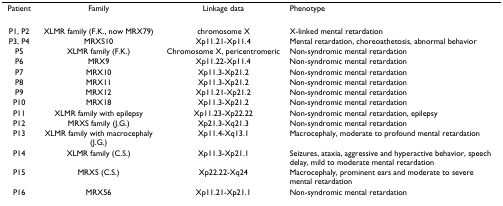
| Patient | Family | Linkage data | Phenotype |
 | --- | --- | --- | --- |
 | P1, P2 | XLMR family (F.K., now MRX79) | chromosome X | X-linked mental retardation |
 | P3, P4 | MRXS10 | Xp11.21-Xp11.4 | Mental retardation, choreoathetosis, abnormal behavior |
 | P5 | XLMR family (F.K.) | Chromosome X, pericentromeric | Non-syndromic mental retardation |
 | P6 | MRX9 | Xp11.22-Xp11.4 | Non-syndromic mental retardation |
 | P7 | MRX10 | Xp11.3-Xp21.2 | Non-syndromic mental retardation |
 | P8 | MRX11 | Xp11.3-Xp21.2 | Non-syndromic mental retardation |
 | P9 | MRX12 | Xp11.21-Xp21.2 | Non-syndromic mental retardation |
 | P10 | MRX18 | Xp11.3-Xp21.2 | Non-syndromic mental retardation |
 | P11 | XLMR family with epilepsy | Xp11.23-Xp22.22 | Non-syndromic mental retardation, epilepsy |
 | P12 | MRXS family (J.G.) | Xp21.3-Xq21.3 | Non-syndromic mental retardation |
 | P13 | XLMR family with macrocephaly (J.G.) | Xp11.4-Xq13.1 | Macrocephaly, moderate to profound mental retardation |
 | P14 | XLMR family (C.S.) | Xp11.3-Xp21.1 | Seizures, ataxia, aggressive and hyperactive behavior, speech delay, mild to moderate mental retardation |
 | P15 | MRXS (C.S.) | Xp22.22-Xq24 | Macrocephaly, prominent ears and moderate to severe mental retardation |
 | P16 | MRX56 | Xp11.21-Xp21.1 | Non-syndromic mental retardation |